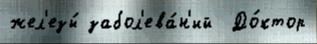
жел'езы́ забол'ева́н'ий  До́ктор